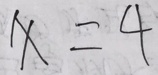
x = 4